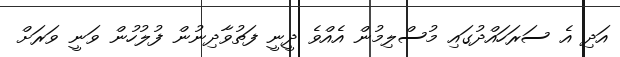
އަދި އެ ސަރަހައްދުގައި މުސްލިމުން އެއްވެ ދީނީ ފަތުވާދިނުން ފުލުހުން ވަނީ ވަރަށް